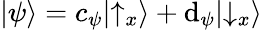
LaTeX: |\psi\rangle=c_{\psi}|{\uparrow}_{x}\rangle+\mathrm{d}_{\psi}|{\downarrow}_{x}\rangle